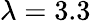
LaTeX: \lambda=3.3